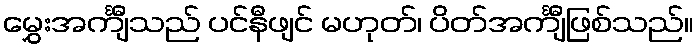
မွှေးအင်္ကျီသည် ပင်နီဖျင် မဟုတ်၊ ပိတ်အင်္ကျီဖြစ်သည်။